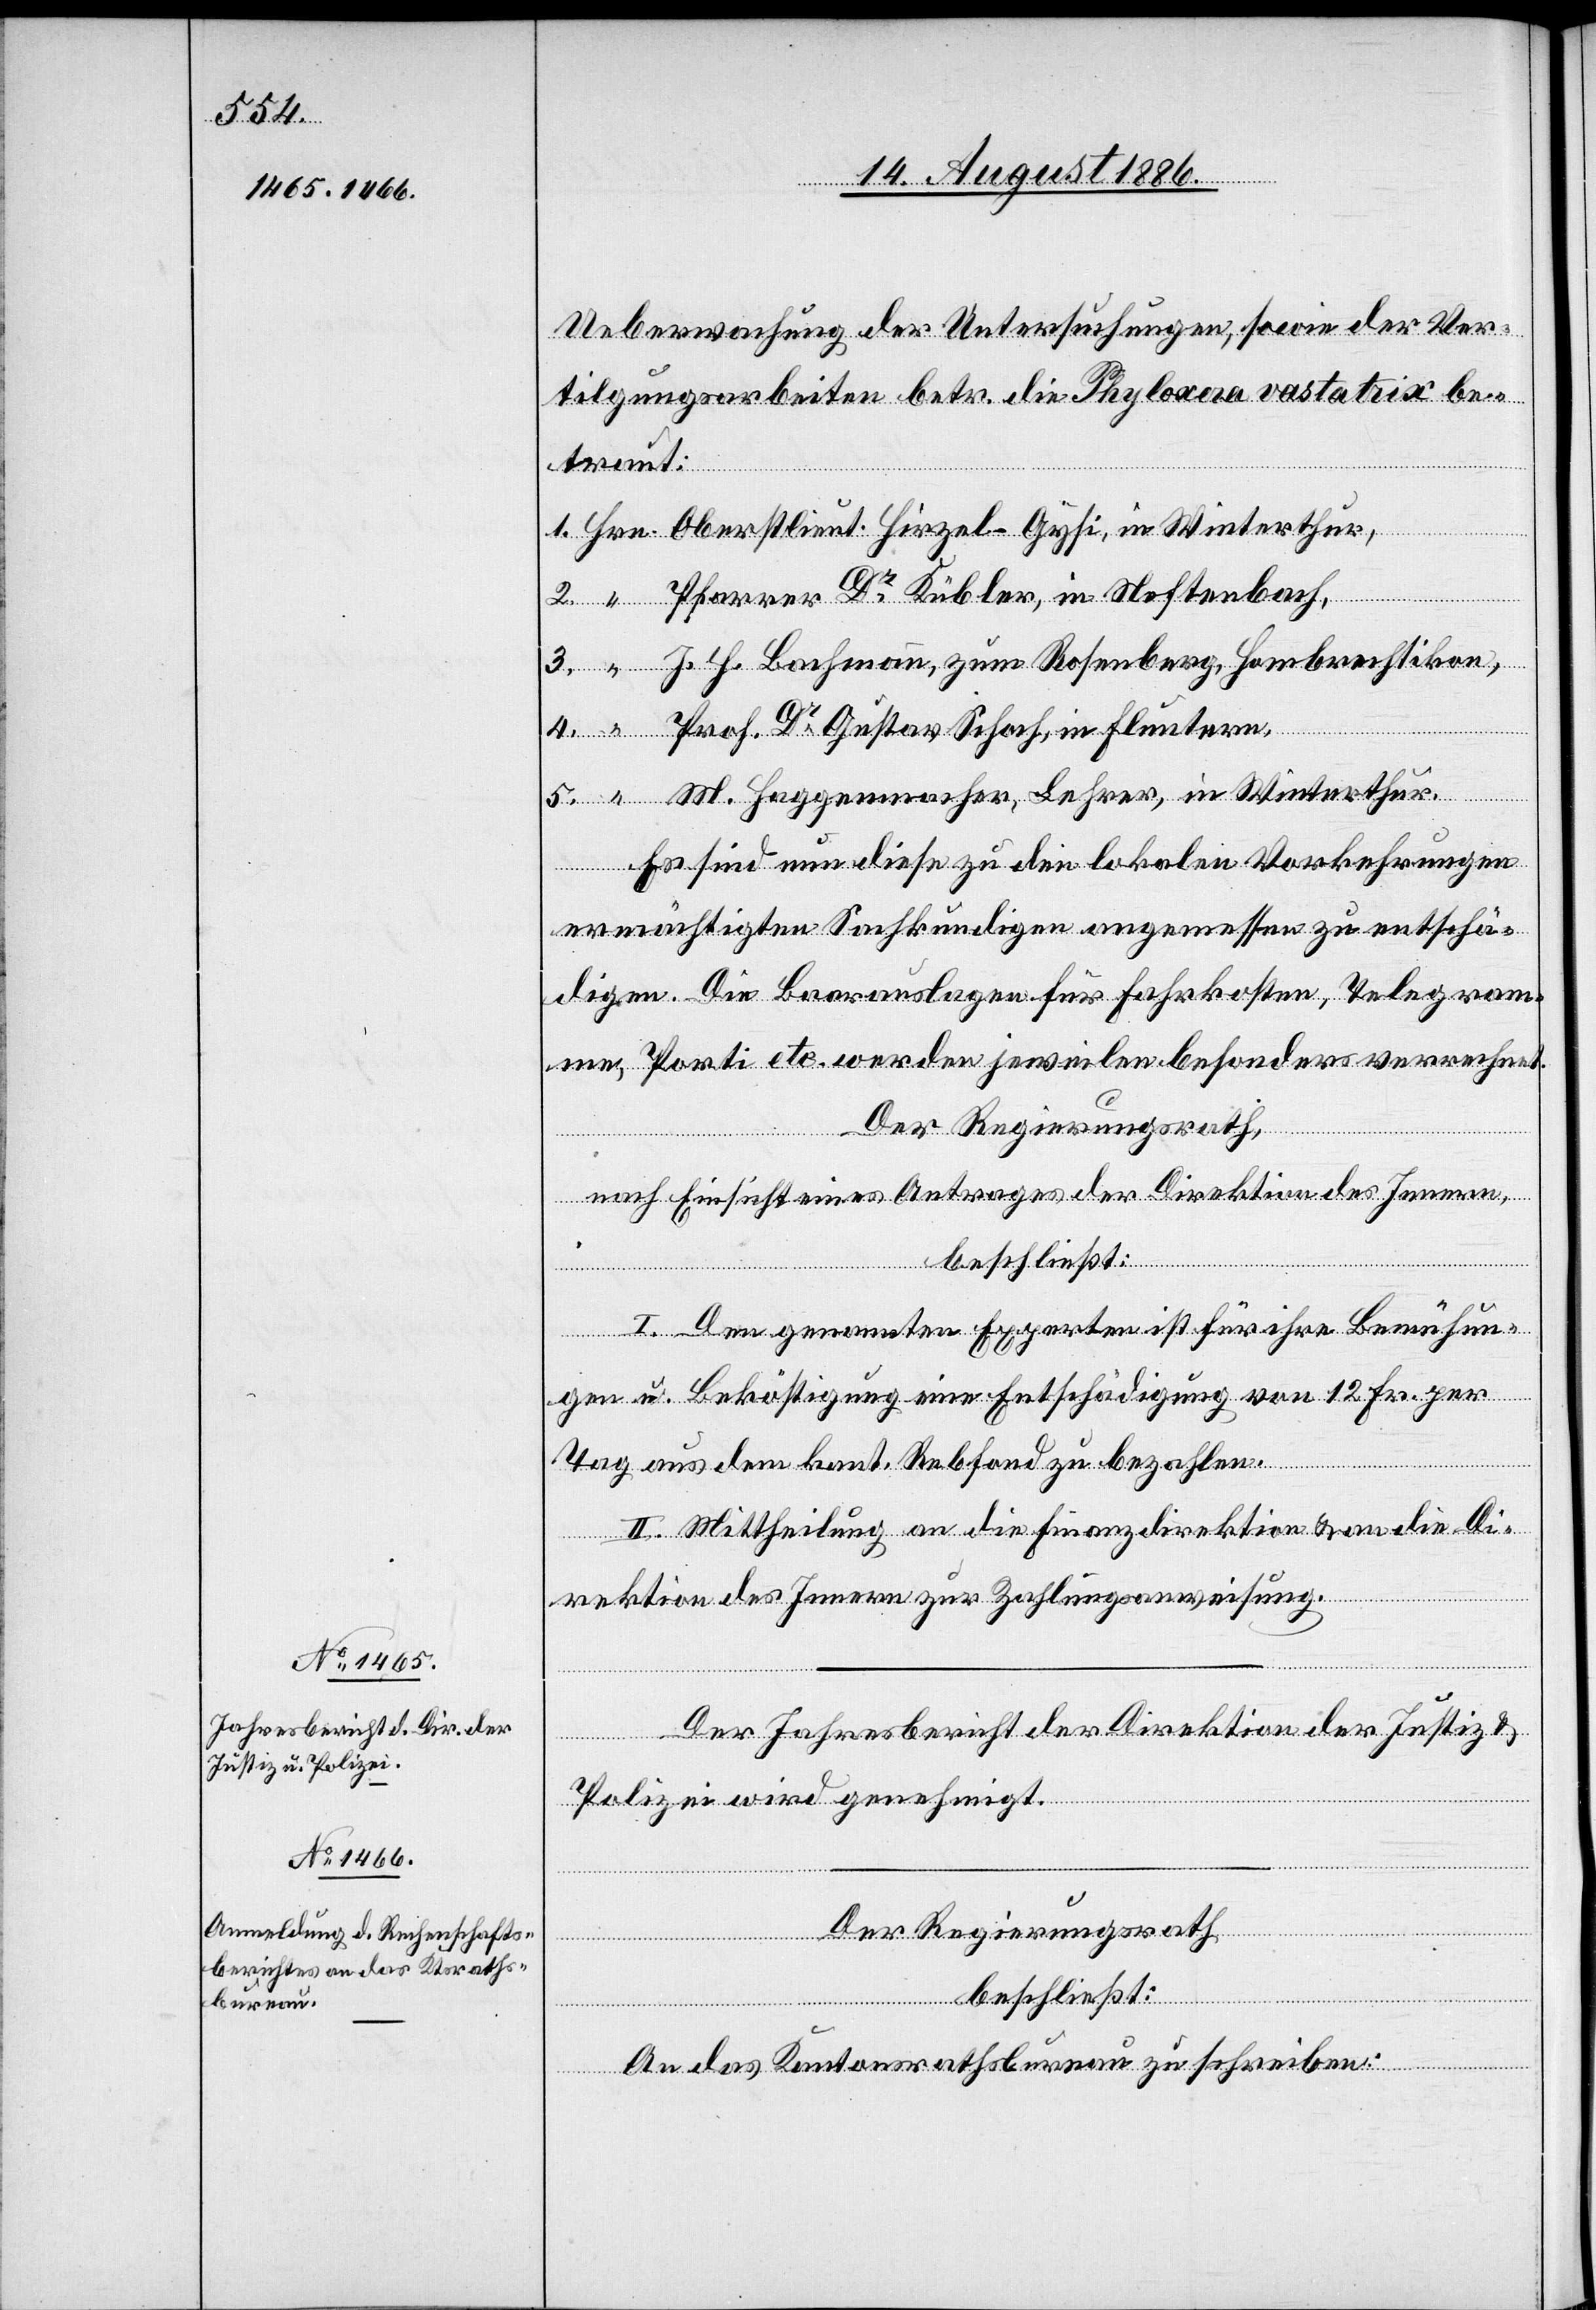
Ueberwachung der Untersuchungen, sowie der Ver¬
tilgungsarbeiten betr. die Phyloxera vastatrix be¬
traut:
Pfarrer Dr Kübler, in Neftenbach,
J. H. Bachmann, zum Rosenberg, Hombrechtikon,
Prof. Dr Gustav Schoch, in Fluntern,
Es sind nun diese zu den lokalen Vorkehrungen
ermächtigten Sachkundigen angemessen zu entschä¬
digen. Die Baarauslagen für Fahrkosten, Telegram¬
me, Porti etc. werden jeweilen besonders verrechnet.
Der Regierungsrath,
nach Einsicht eines Antrages der Direktion des Innern,
beschließt:
I. Den genannten Experten ist für ihre Bemühun¬
gen u. Beköstigung eine Entschädigung von 12 Fr. per
Tag aus dem kant. Rebfond zu bezahlen.
II. Mittheilung an die Finanzdirektion & an die Di¬
rektion des Innern zur Zahlungsanweisung.
Der Jahresbericht der Direktion der Justiz &
Polizei wird genehmigt.
5.
Der Regierungsrath
in
Winterthur.
An das Kantonsrathsbureau zu schreiben:

“